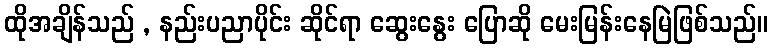
ထိုအချိန်သည် , နည်းပညာပိုင်း ဆိုင်ရာ ဆွေးနွေး ပြောဆို မေးမြန်းနေမြဲဖြစ်သည်။